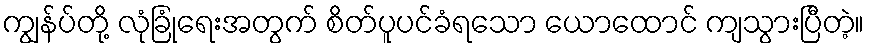
ကျွန်ပ်တို့ လုံခြုံရေးအတွက် စိတ်ပူပင်ခံရသော ယောထောင် ကျသွားပြီတဲ့။